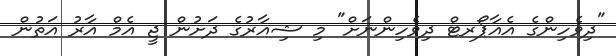
"ދިވެހިންގެ އެއާޕޯރޓް ދިވެހިންނަށް" މި ޝިއާރުގެ ދަށުން ޖީ އެމް އާރު އަތުން